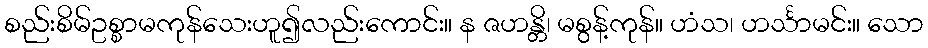
စည်းစိမ်ဥစ္စာမကုန်သေးဟူ၍လည်းကောင်း။ န ဇဟန္တိ၊ မစွန့်ကုန်။ ဟံသ၊ ဟင်္သာမင်း။ သော